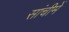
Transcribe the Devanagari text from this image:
सांचीमें